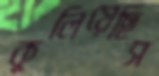
কুলিয়েছিস